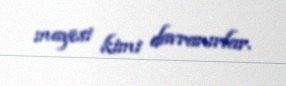
mayesi kimi davranırlar.